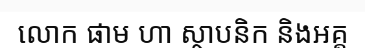
លោក ផាម ហា ស្ថាបនិក និងអគ្គ